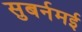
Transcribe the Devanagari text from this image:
सुबर्नमई